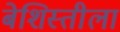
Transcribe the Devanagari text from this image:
बेशिस्तीला